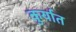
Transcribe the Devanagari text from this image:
कुर्यात